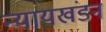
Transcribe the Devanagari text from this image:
न्यायखंडन